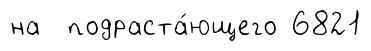
на подраста́ющего 6821